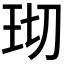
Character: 𬍔